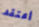
أعتقد